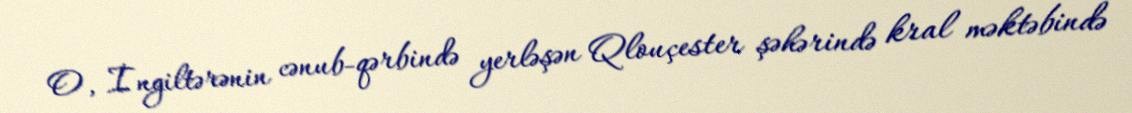
O, İngiltərənin cənub-qərbində yerləşən Qlouçester şəhərində kral məktəbində